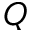
Q